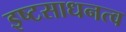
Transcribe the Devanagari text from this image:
इष्टसाधनत्व